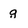
Character: g